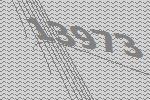
13973